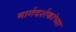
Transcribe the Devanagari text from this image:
मार्गदर्शकांच्या